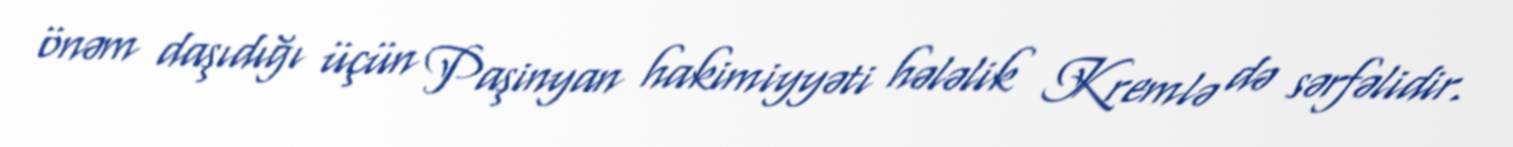
önəm daşıdığı üçün Paşinyan hakimiyyəti hələlik Kremlə də sərfəlidir.